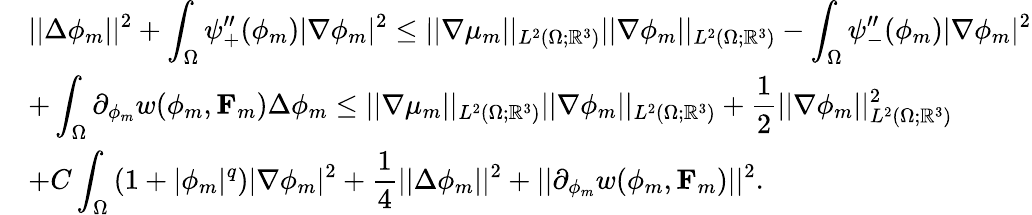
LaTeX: \begin{array}{rl}&{\displaystyle||\Delta\phi_{m}||^{2}+\int_{\Omega}\psi_{+}^{\prime\prime}(\phi_{m})|\nabla\phi_{m}|^{2}\leq||\nabla\mu_{m}||_{L^{2}(\Omega;\mathbb{R}^{3})}||\nabla\phi_{m}||_{L^{2}(\Omega;\mathbb{R}^{3})}-\int_{\Omega}\psi_{-}^{\prime\prime}(\phi_{m})|\nabla\phi_{m}|^{2}}\\ &{\displaystyle+\int_{\Omega}\partial_{\mathbf{\phi}_{m}}w(\phi_{m},\mathbf{F}_{m})\Delta\phi_{m}\leq||\nabla\mu_{m}||_{L^{2}(\Omega;\mathbb{R}^{3})}||\nabla\phi_{m}||_{L^{2}(\Omega;\mathbb{R}^{3})}+\frac{1}{2}||\nabla\phi_{m}||_{L^{2}(\Omega;\mathbb{R}^{3})}^{2}}\\ &{\displaystyle+C\int_{\Omega}\left(1+|\phi_{m}|^{q}\right)|\nabla\phi_{m}|^{2}+\frac{1}{4}||\Delta\phi_{m}||^{2}+||\partial_{\mathbf{\phi}_{m}}w(\phi_{m},\mathbf{F}_{m})||^{2}.}\end{array}